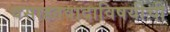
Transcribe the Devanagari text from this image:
वसाहतवादाविषयीची